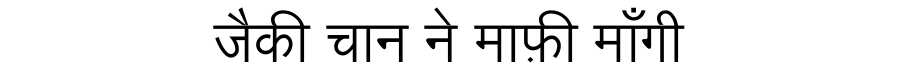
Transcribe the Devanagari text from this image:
जैकी चान ने माफ़ी माँगी